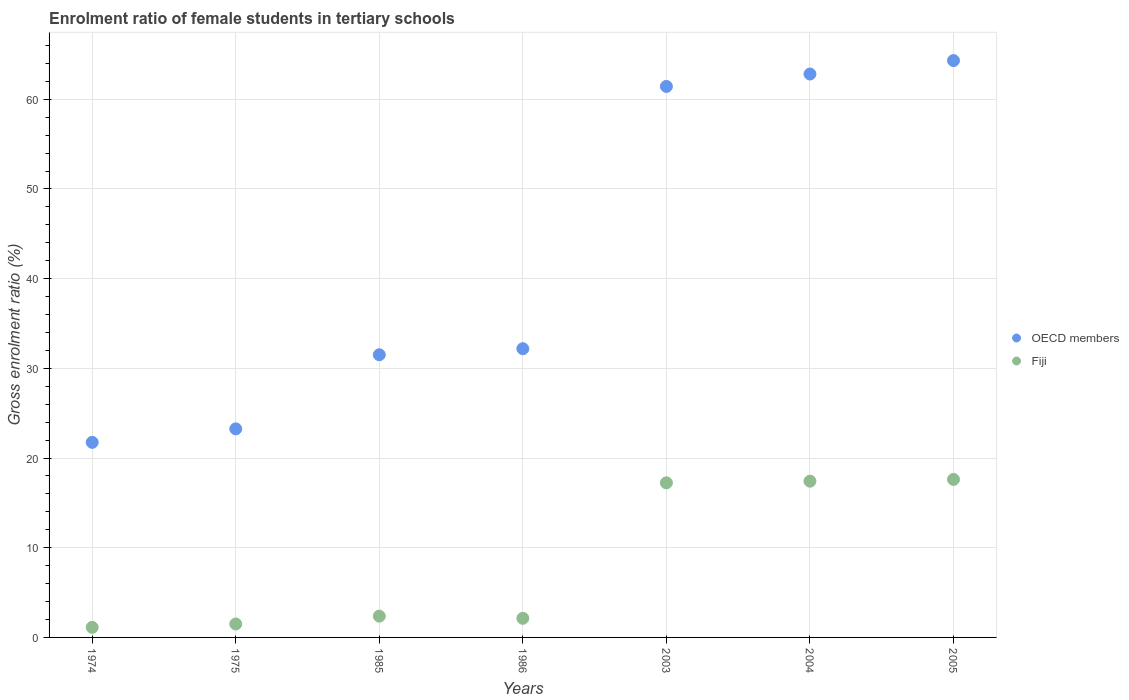
| Years | OECD members | Fiji |
 | --- | --- | --- |
 | 1974 | 21.8 | 1.12 |
 | 1975 | 23.3 | 1.5 |
 | 1985 | 31.5 | 2.37 |
 | 1986 | 32.2 | 2.13 |
 | 2003 | 61.4 | 17.2 |
 | 2004 | 62.8 | 17.4 |
 | 2005 | 64.3 | 17.6 |